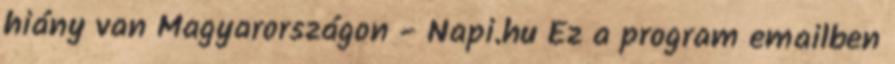
hiány van Magyarországon - Napi.hu Ez a program emailben